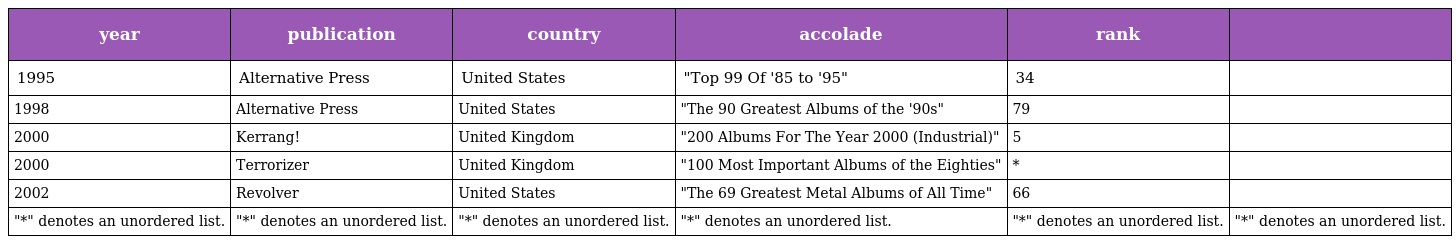
| year | publication | country | accolade | rank |  |
 | --- | --- | --- | --- | --- | --- |
 | 1995 | Alternative Press | United States | "Top 99 Of '85 to '95" | 34 |  |
 | 1998 | Alternative Press | United States | "The 90 Greatest Albums of the '90s" | 79 |  |
 | 2000 | Kerrang! | United Kingdom | "200 Albums For The Year 2000 (Industrial)" | 5 |  |
 | 2000 | Terrorizer | United Kingdom | "100 Most Important Albums of the Eighties" | * |  |
 | 2002 | Revolver | United States | "The 69 Greatest Metal Albums of All Time" | 66 |  |
 | "*" denotes an unordered list. | "*" denotes an unordered list. | "*" denotes an unordered list. | "*" denotes an unordered list. | "*" denotes an unordered list. | "*" denotes an unordered list. |